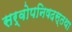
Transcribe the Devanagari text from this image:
सर्वोपनिषदस्तथा